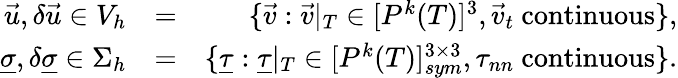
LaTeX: \begin{array}{rlr}{\vec{u},\delta\vec{u}\in V_{h}}&{=}&{\{ \vec{v}:\vec{v}|_{T}\in[P^{k}(T)]^{3},\vec{v}_{t}\mathrm{~continuous}\} ,}\\ {\underline{{\sigma}},\delta\underline{{\sigma}}\in\Sigma_{h}}&{=}&{\{ \underline{{\tau}}:\underline{{\tau}}|_{T}\in[P^{k}(T)]_{sym}^{3\times 3},\tau_{nn}\mathrm{~continuous}\} .}\end{array}